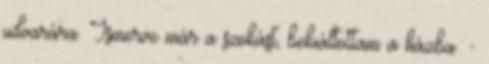
udvarára. Ismerve már a szokást, bekiáltottam a házba: -